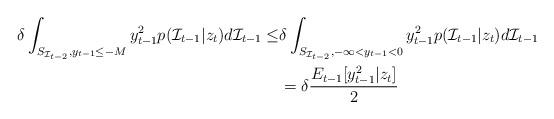
LaTeX: \begin{align*}\delta\int_{S_{\mathcal{I}_{t-2}},y_{t-1}\leq -M}{y^2_{t-1} p(\mathcal{I}_{t-1}|z_t)d\mathcal{I}_{t-1}}\leq & \delta \int_{S_{\mathcal{I}_{t-2}},-\infty<y_{t-1}<0}{y^2_{t-1}p(\mathcal{I}_{t-1}|z_t)d\mathcal{I}_{t-1}}\\&=\delta\frac{ E_{t-1}[y^2_{t-1}|z_t]}{2}\end{align*}